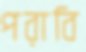
পরাবি